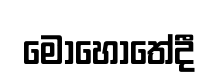
මොහොතේදී